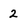
Character: 2